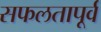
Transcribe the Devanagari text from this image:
सफलतापूर्व